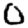
Digit: 0